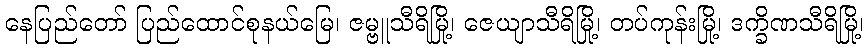
နေပြည်တော် ပြည်ထောင်စုနယ်မြေ၊ ဇမ္ဗူသီရိမြို့၊ ဇေယျာသီရိမြို့၊ တပ်ကုန်းမြို့၊ ဒက္ခိဏသီရိမြို့၊